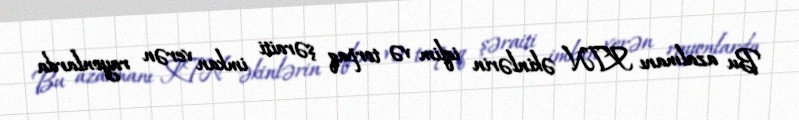
Bu azalmanı KTN əkinlərin iqlim və torpaq şəraiti imkan verən rayonlarda